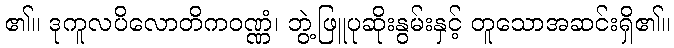
၏။ ဒုကူလပိလောတိကဝဏ္ဏံ၊ ဘွဲ့ဖြူပုဆိုးနွမ်းနှင့် တူသောအဆင်းရှိ၏။